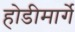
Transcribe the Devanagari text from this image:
होडीमार्गे